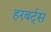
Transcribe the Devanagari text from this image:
हरबर्ट्स